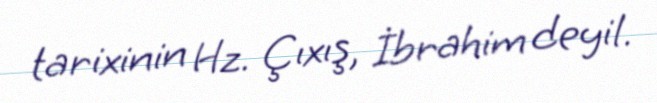
tarixinin Hz. Çıxış, İbrahim deyil.